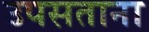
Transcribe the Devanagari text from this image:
उपसताना